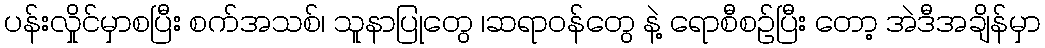
ပန်းလှိုင်မှာစပြီး စက်အသစ်၊ သူနာပြုတွေ ၊ဆရာဝန်တွေ နဲ့ ရောစီစဉ်ပြီး တော့ အဲဒီအချိန်မှာ